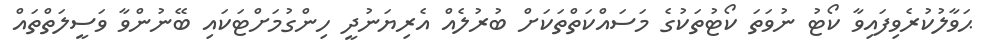
ޙަވާލުކުރެވިފައިވާ ކޯޓު ނުވަތަ ކޯޓުތަކުގެ މަސައްކަތްތަކަށް ބުރުލެއް އެރިޔަނުދީ ހިންގުމަށްޓަކައި ބޭނުންވާ ވަސީލަތްތައް